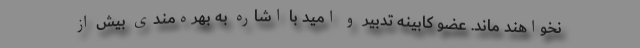
نخواهند ماند. عضو کابینه تدبیر و امید با اشاره به بهره‌مندی بیش از